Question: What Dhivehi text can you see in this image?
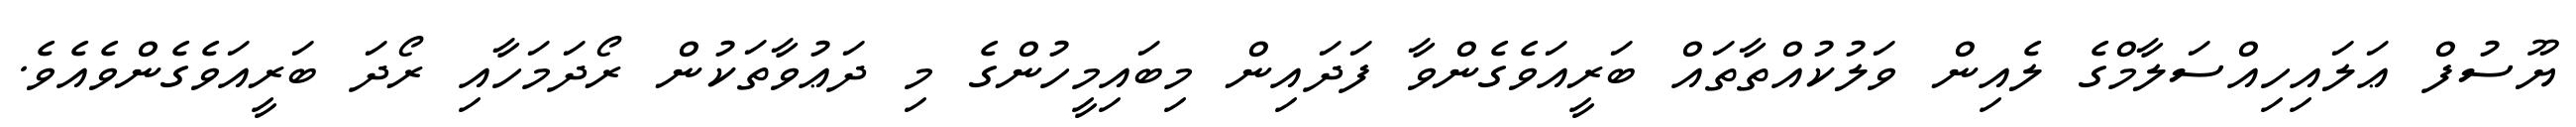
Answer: ޔޫސުފް ޢަލައިހިއްސަލާމްގެ ލެއިން ވަލުކުއްތާތައް ބަރީއަވެގެންވާ ފަދައިން މިބައިމީހުންގެ މި ދަޢުވާތަކުން ރޯދަމަހާއި ރޯދަ ބަރީއަވެގެންވެއެވެ.